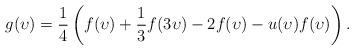
LaTeX: \begin{align*}g(\upsilon) = \frac 14\left( f(\upsilon) + \frac 13 f(3\upsilon) - 2f(\upsilon) - u(\upsilon)f(\upsilon)\right).\end{align*}